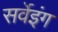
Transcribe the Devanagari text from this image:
सर्वेइंग